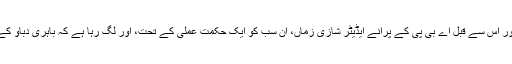
پنیہ پرسون واجپئی، ابھیسار شرما اور میلند کھانڈیکراور اس سے قبل اے بی پی کے پرانے ایڈیٹر شازی زماں، ان سب کو ایک حکمت عملی کے تحت، اور لگ رہا ہے کہ باہری دباؤ کے تحت، ادارے سے جانے کے لیے مجبور کر دیا گیا۔